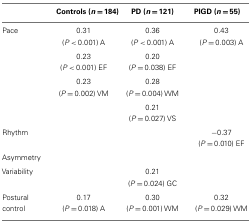
<table><thead><tr><td></td><td><b>Controls (<i>n</i> = 184)</b></td><td><b>PD (<i>n</i> = 121)</b></td><td><b>PIGD (<i>n</i> = 55)</b></td></tr></thead><tbody><tr><td>Pace</td><td>0.31 (<i>P</i> &lt; 0.001) A</td><td>0.36 (<i>P</i> &lt; 0.001) A</td><td>0.43 (<i>P</i> = 0.003) A</td></tr><tr><td></td><td>0.23 (<i>P</i> &lt; 0.001) EF</td><td>0.20 (<i>P</i> = 0.038) EF</td><td></td></tr><tr><td></td><td>0.23 (<i>P</i> = 0.002) VM</td><td>0.28 (<i>P</i> = 0.004) WM</td><td></td></tr><tr><td></td><td></td><td>0.21 (<i>P</i> = 0.027) VS</td><td></td></tr><tr><td>Rhythm</td><td></td><td></td><td>−0.37 (<i>P</i> = 0.010) EF</td></tr><tr><td>Asymmetry</td><td></td><td></td><td></td></tr><tr><td>Variability</td><td></td><td>0.21 (<i>P</i> = 0.024) GC</td><td></td></tr><tr><td>Postural control</td><td>0.17 (<i>P</i> = 0.018) A</td><td>0.30 (<i>P</i> = 0.001) WM</td><td>0.32 (<i>P</i> = 0.029) WM</td></tr></tbody></table>